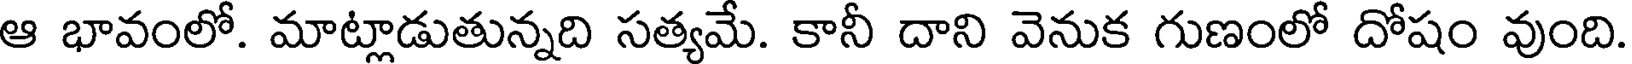
ఆ భావంలో. మాట్లాడుతున్నది సత్యమే. కానీ దాని వెనుక గుణంలో దోషం వుంది